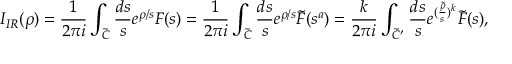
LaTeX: I _ { I R } ( \rho ) = \frac { 1 } { 2 \pi i } \int _ { \tilde { C } } \frac { d s } { s } e ^ { \rho / s } F ( s ) = \frac { 1 } { 2 \pi i } \int _ { \tilde { C } } \frac { d s } { s } e ^ { \rho / s } \tilde { F } ( s ^ { a } ) = \frac { k } { 2 \pi i } \int _ { \tilde { C } ^ { \prime } } \frac { d s } { s } e ^ { ( \frac { \tilde { \rho } } { s } ) ^ { k } } \tilde { F } ( s ) ,